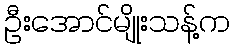
ဦးအောင်မျိုးသန့်က